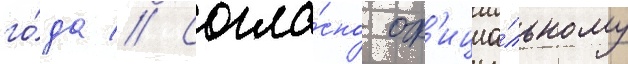
го́да // Согла́сно оф'ициа́льному